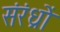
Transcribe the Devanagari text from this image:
संरंध्रों